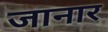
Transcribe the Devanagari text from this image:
जानार